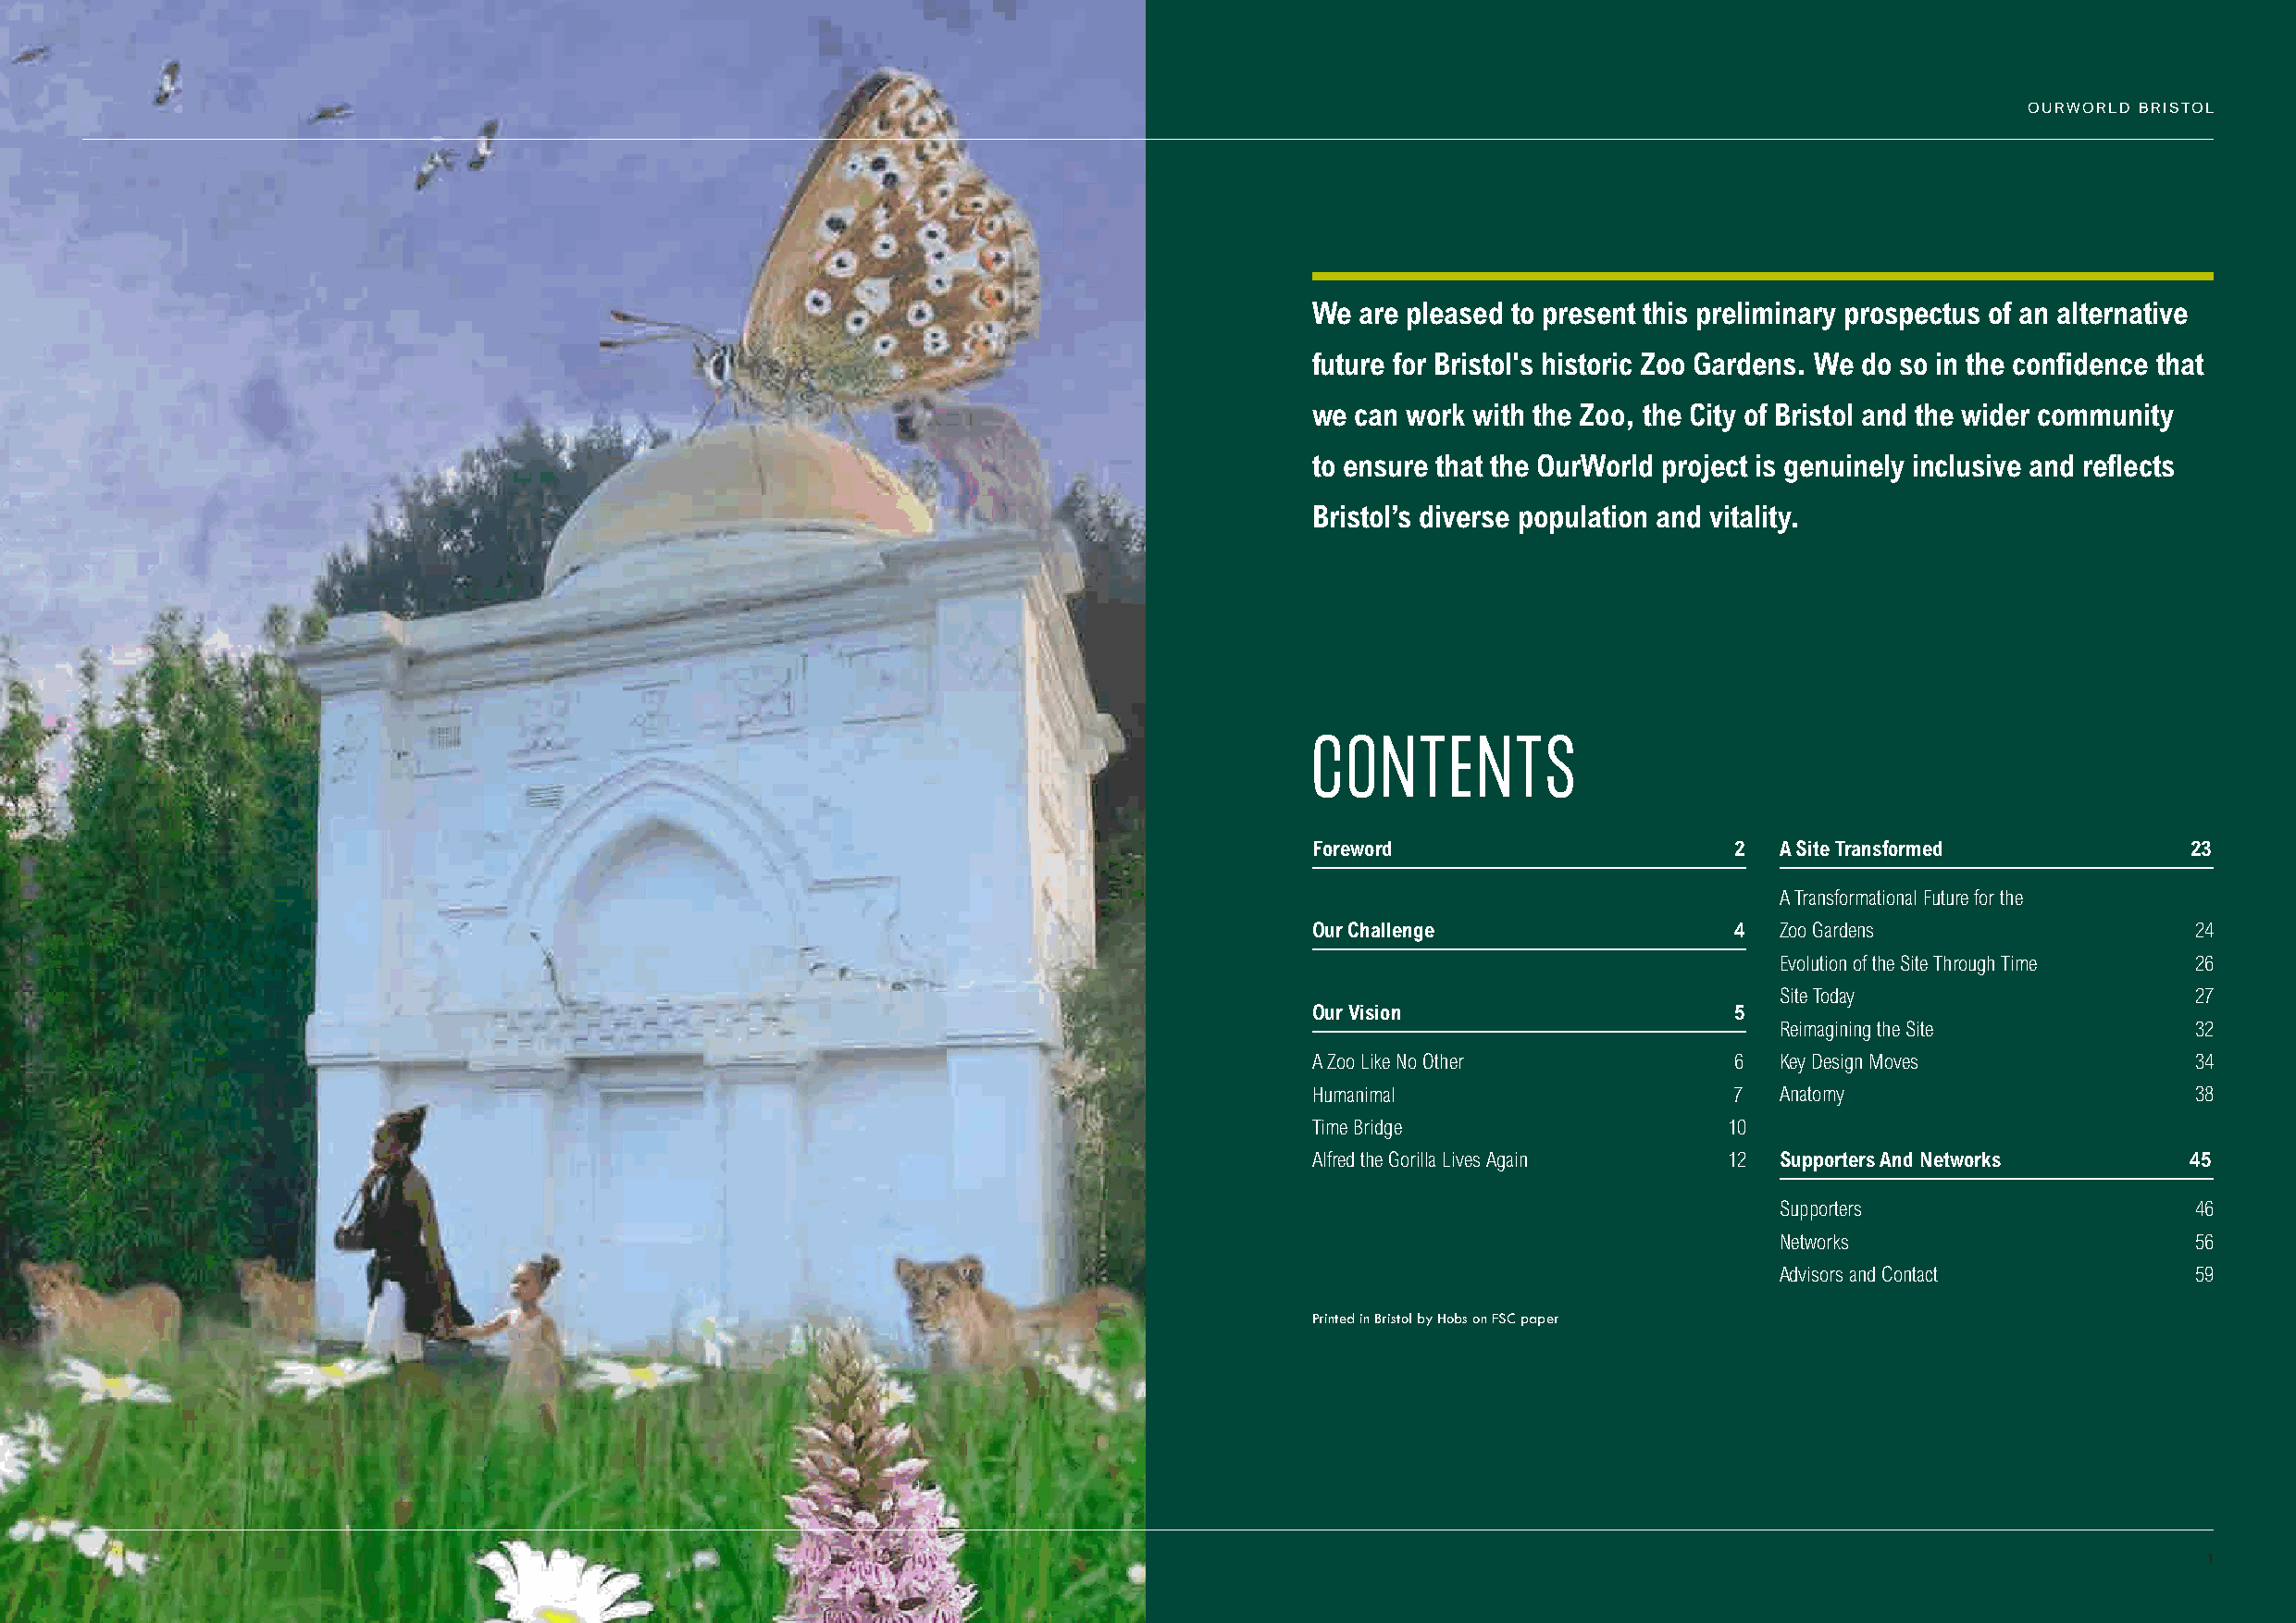
OURWORLD BRISTOL
 We are pleased to present this preliminary prospectus of an alternative
 future for Bristol's historic Zoo Gardens. We do so in the confidence that
 we can work with the Zoo, the City of Bristol and the wider community
 to ensure that the OurWorld project is genuinely inclusive and reflects
 Bristol’s diverse population and vitality.
 CONTENTS
 Foreword                      2  A Site Transformed            23
 A Transformational Future for the
 Our Challenge                 4  Zoo Gardens                   24
 Evolution of the Site Through Time 26
 Site Today                    27
 Our Vision                    5
 Reimagining the Site          32
 A Zoo Like No Other           6  Key Design Moves              34
 Humanimal                     7  Anatomy                       38
 Time Bridge                   10
 Alfred the Gorilla Lives Again 12 Supporters And Networks      45
 Supporters                    46
 Networks                      56
 Advisors and Contact          59
 Printed in Bristol by Hobs on FSC paper
 1